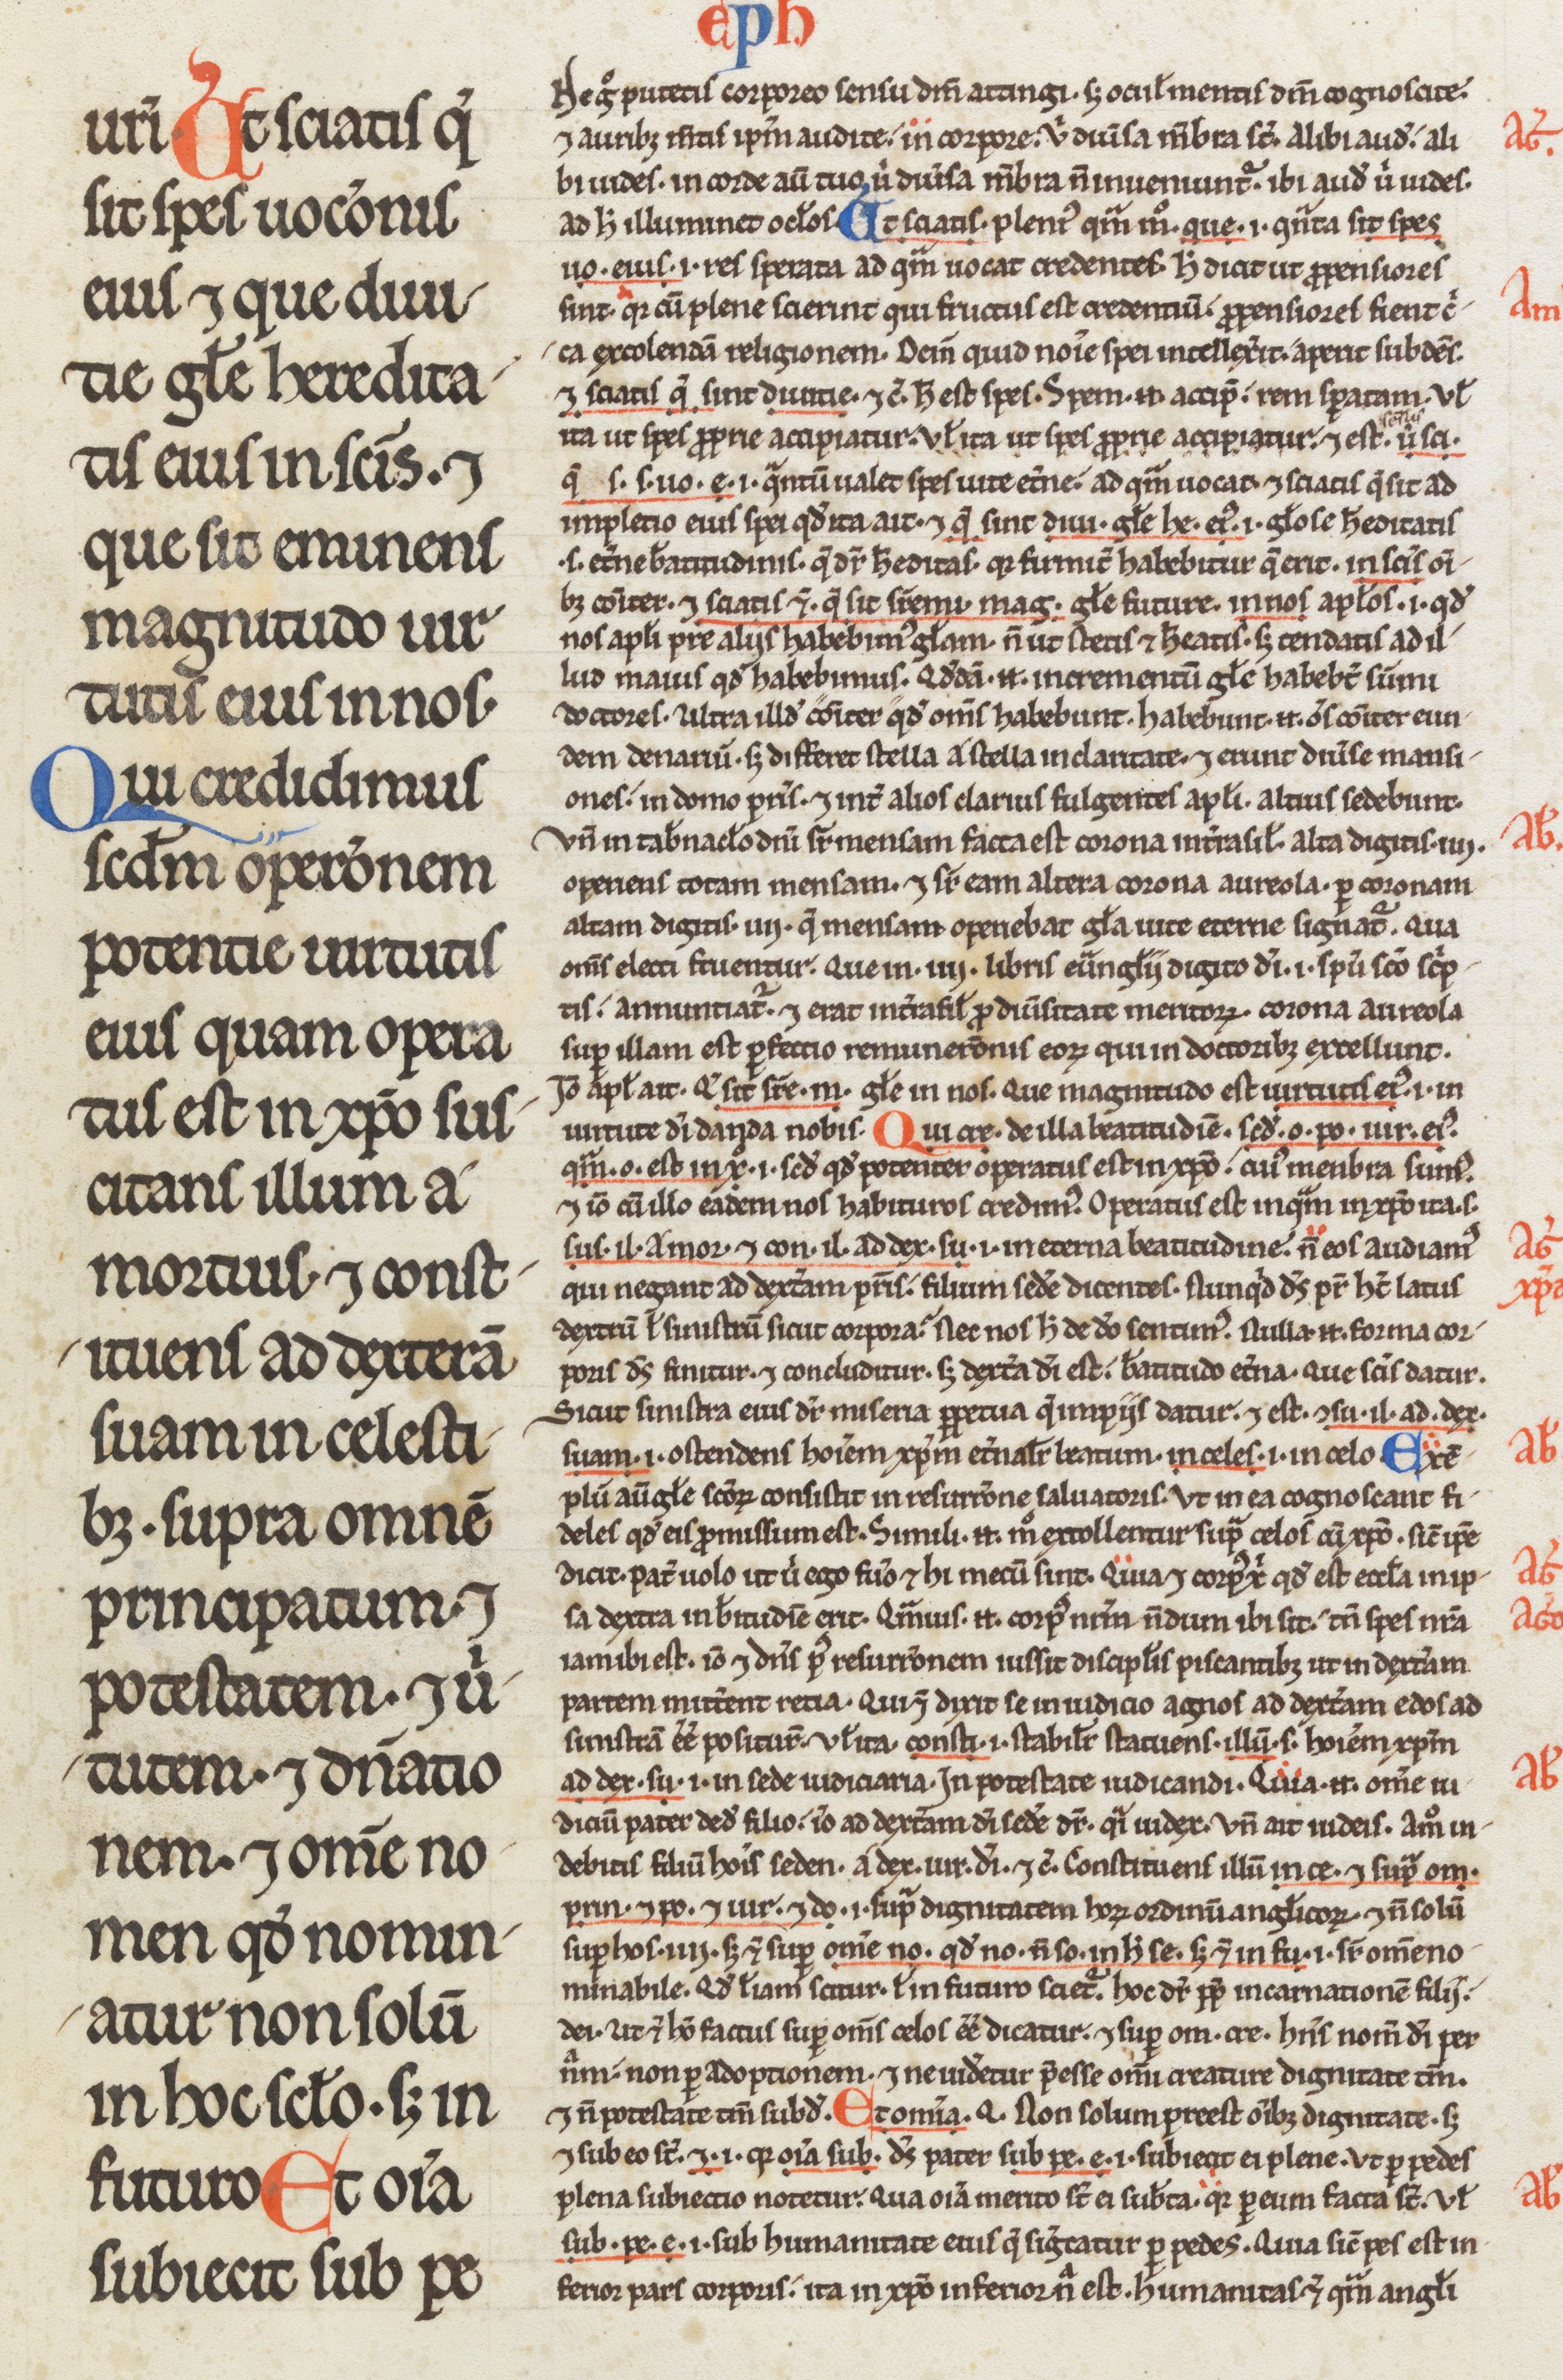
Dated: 1200–1299